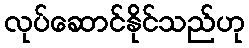
လုပ်ဆောင်နိုင်သည်ဟု